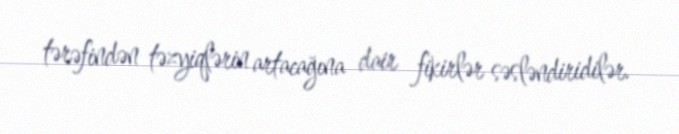
tərəfindən təzyiqlərin artacağına dair fikirlər səsləndiridilər.